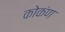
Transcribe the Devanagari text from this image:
कोकंण